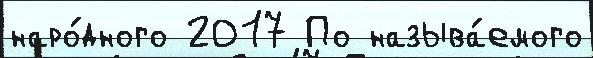
наро́дного 2017 По называ́емого